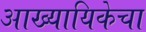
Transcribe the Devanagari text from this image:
आख्यायिकेचा